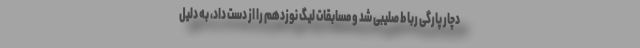
دچار پارگی رباط صلیبی شد و مسابقات لیگ نوزدهم را از دست داد، به دلیل